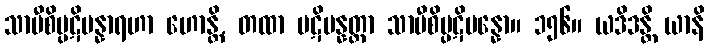
သာမီစိပ္ပဋိပန္နာရဟာ ဟောန္တိ, တထာ ပဋိပန္နတ္တာ သာမီစိပ္ပဋိပန္နော။ ၁၅၆။ ယဒိဒန္တိ ယာနိ